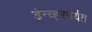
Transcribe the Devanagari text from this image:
डेन्व्हरपर्यंत